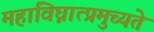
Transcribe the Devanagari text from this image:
महाविघ्नात्प्रमुच्यते